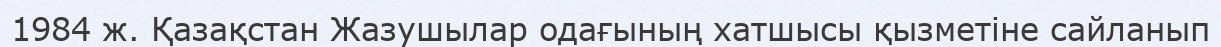
1984 ж. Қазақстан Жазушылар одағының хатшысы қызметіне сайланып